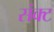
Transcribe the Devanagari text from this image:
संक्ट